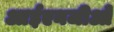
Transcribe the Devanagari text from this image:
आईएनजीओ